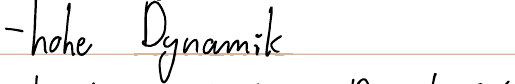
- hohe Dynamik